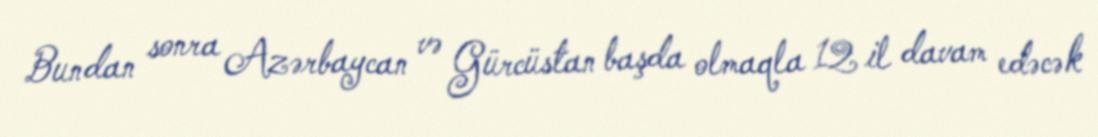
Bundan sonra Azərbaycan və Gürcüstan başda olmaqla 12 il davam edəcək